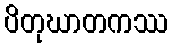
ပိတုဃာတကဿ